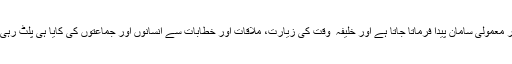
اللہ تعالیٰ خلافت احمدیہ کے استحکام اور جماعت احمدیہ عالمگیر کی ترقی کے غیر معمولی سامان پیدا فرماتا جاتا ہے اور خلیفہ ٔ وقت کی زیارت، ملاقات اور خطابات سے انسانوں اور جماعتوں کی کایا ہی پلٹ رہی ہے اور بنی نوع انسان کاامتِ واحدہ بننے کا عمل واضح طور پر نظر آنے لگا ہے۔